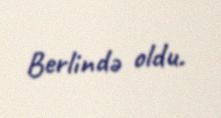
Berlində oldu.